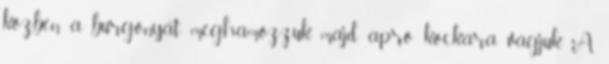
közben a burgonyát meghámozzuk, majd apró kockára vágjuk. A